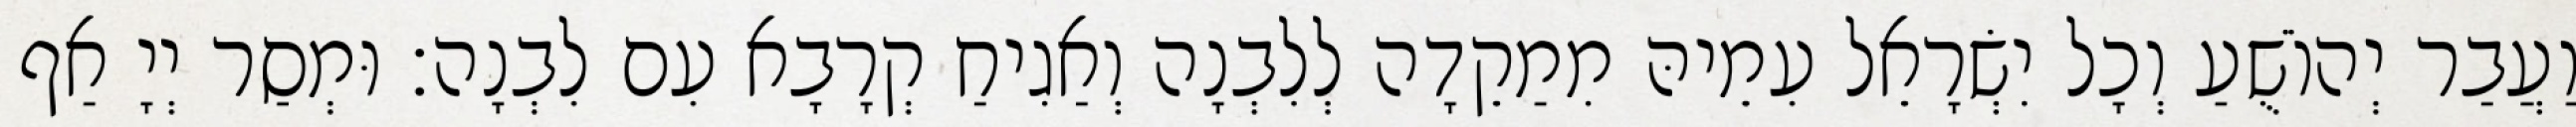
וַעֲבַר יְהוֹשֻׁעַ וְכָל יִשְׂרָאֵל עִמֵיהּ מִמַקֵדָה לְלִבְנָה וְאַגִיחַ קְרָבָא עִם לִבְנָה׃ וּמְסַר יְיָ אַף